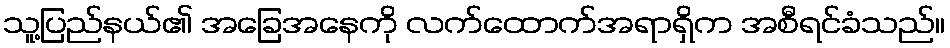
သူ့ပြည်နယ်၏ အခြေအနေကို လက်ထောက်အရာရှိက အစီရင်ခံသည်။